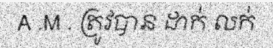
A .M . ត្រូវបាន ដាក់ លក់